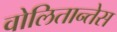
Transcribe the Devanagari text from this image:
वोलितान्तेस